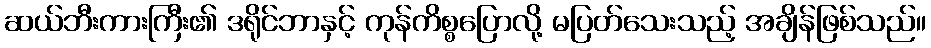
ဆယ်ဘီးကားကြီး၏ ဒရိုင်ဘာနှင့် ကုန်ကိစ္စပြောလို့ မပြတ်သေးသည့် အချိန်ဖြစ်သည်။